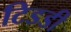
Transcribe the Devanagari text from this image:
टिडडी